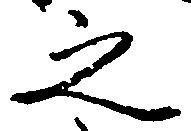
之